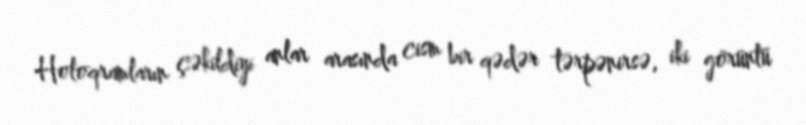
Holoqramların çəkildiyi anlar arasında cism bir qədər tərpənirsə, iki görüntü